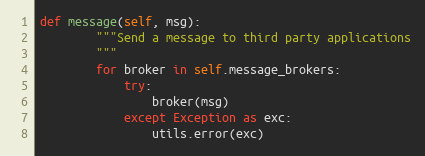
Language: Python
def message(self, msg):
        """Send a message to third party applications
        """
        for broker in self.message_brokers:
            try:
                broker(msg)
            except Exception as exc:
                utils.error(exc)